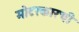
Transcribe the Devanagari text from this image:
मोटरकारची